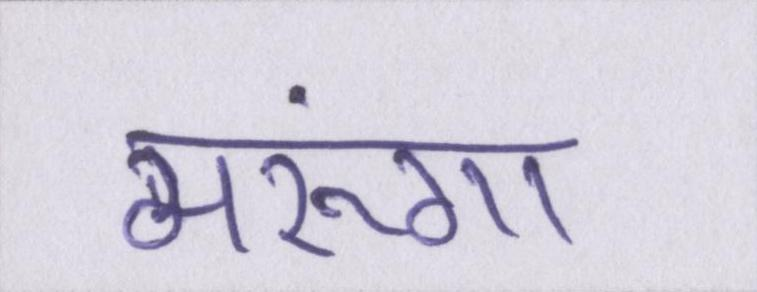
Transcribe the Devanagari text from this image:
मरूंगा